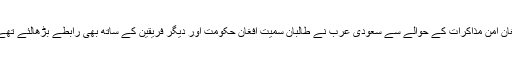
افغان امن مذاکرات کے حوالے سے سعودی عرب نے طالبان سمیت افغان حکومت اور دیگر فریقین کے ساتھ بھی رابطے بڑھالئے تھے ۔